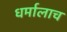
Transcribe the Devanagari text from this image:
धर्मालाच